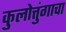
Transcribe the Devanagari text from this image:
कुलोत्तुंगाचा